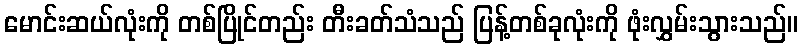
မောင်းဆယ်လုံးကို တစ်ပြိုင်တည်း တီးခတ်သံသည် ပြန့်တစ်ခုလုံးကို ဖုံးလွှမ်းသွားသည်။